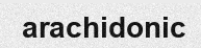
arachidonic